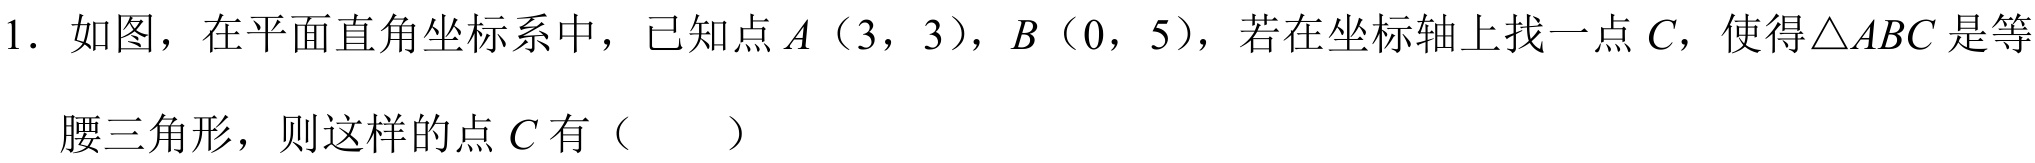
1. 如图，在平面直角坐标系中，已知点\(A(3,3)\)，\(B(0,5)\)，若在坐标轴上找一点\(C\)，使得\(\triangle ABC\)是等
腰三角形，则这样的点\(C\)有（  ）